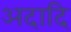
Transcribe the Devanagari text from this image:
अदादि